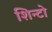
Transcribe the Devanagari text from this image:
शिन्टो